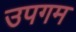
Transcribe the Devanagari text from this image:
उपगम